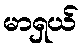
မာရှယ်